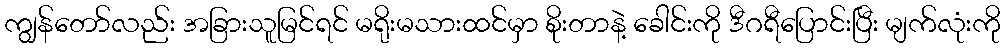
ကျွန်တော်လည်း အခြားသူမြင်ရင် မရိုးမသားထင်မှာ စိုးတာနဲ့ ခေါင်းကို ဒီဂရီပြောင်းပြီး မျက်လုံးကို